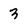
Character: 3